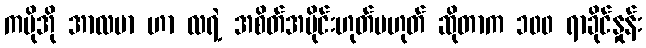
ကမိုအို အာလဗာ ဟာ လရဲ့ အစိတ်အပိုင်းဟုတ်မဟုတ် ဆိုတာက ၁၀၀ ရာခိုင်နှုန်း